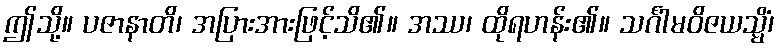
ဤသို့။ ပဇာနာတိ၊ အပြားအားဖြင့်သိ၏။ အဿ၊ ထိုရဟန်း၏။ သင်္ဂါမဝိဇယသ္မိံ၊